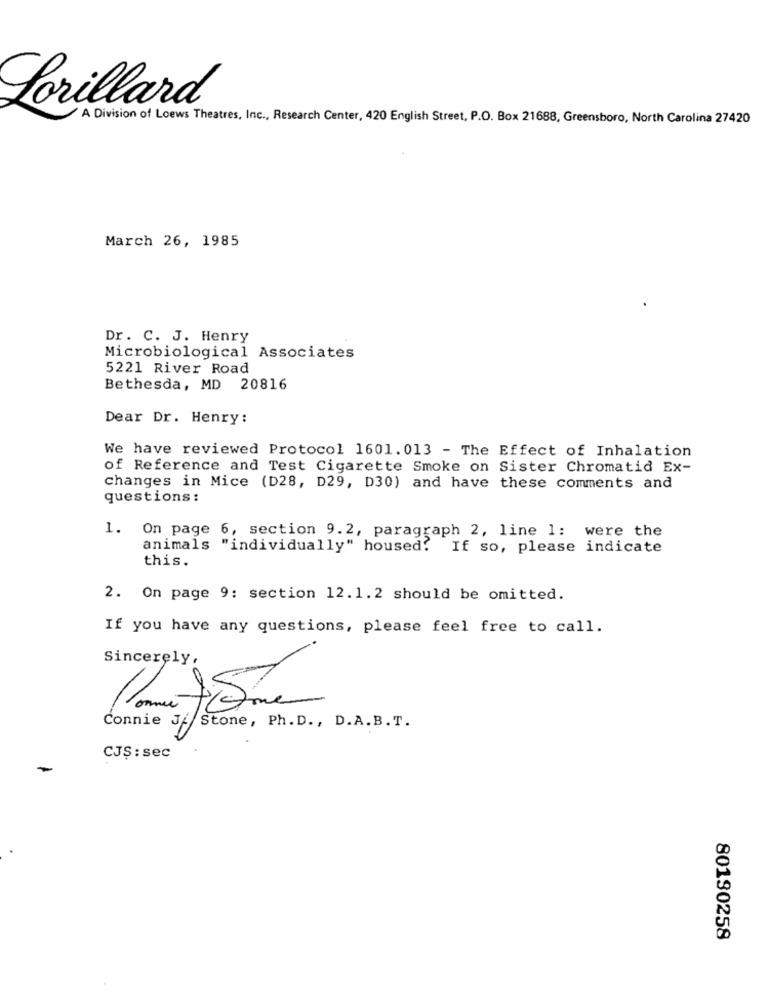
Lorillard
A Division of Loews Theatres, Inc ., Research Center, 420 English Street, P.O. Box 21688, Greensboro, North Carolina 27420
March 26, 1985
Dr. C. J. Henry
Microbiological Associates
5221 River Road
Bethesda, MD 20816
Dear Dr. Henry:
We have reviewed Protocol 1601.013 - The Effect of Inhalation
of Reference and Test Cigarette Smoke on Sister Chromatid Ex-
changes in Mice (D28, D29, D30) and have these comments and
questions :
1. On page 6, section 9.2, paragraph 2, line 1: were the
animals "individually" housed? If so, please indicate
this.
2. On page 9: section 12.1.2 should be omitted.
If you have any questions, please feel free to call.
Sincerely,
01
Connie J//Stone, Ph.D ., D.A.B.T.
CJS: sec
-
80190258